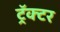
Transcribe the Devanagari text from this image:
ट्रॅक्‍टर